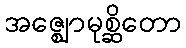
အဇ္ဈောမုစ္ဆိတော